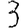
Digit: 3